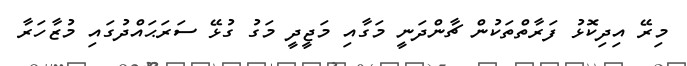
މިރޭ އިދިކޮޅު ފަރާތްތަކުން ޗާންދަނީ މަގާއި މަޖީދީ މަގު ގުޅޭ ސަރަޙައްދުގައި މުޒާހަރާ